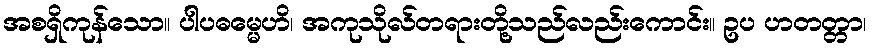
အစရှိကုန်သော။ ပါပဓမ္မေဟိ၊ အကုသိုလ်တရားတို့သည်လည်းကောင်း။ ဥပ ဟတတ္တာ၊